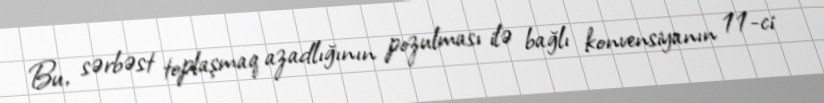
Bu, sərbəst toplaşmaq azadlığının pozulması ilə bağlı konvensiyanın 11-ci